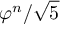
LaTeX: \varphi ^ { n } / { \sqrt { 5 } }